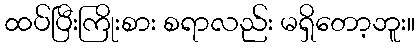
ထပ်ပြီးကြိုးစား စရာလည်း မရှိတော့ဘူး။